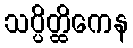
သပ္ပိတ္ထိကေန